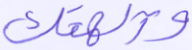
وآلهتك